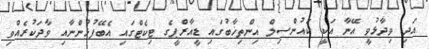
އަދި ވިދާޅުވީ އޭނާ އަކީ ކައުންސިލް އިންތިޚާބުގައި ޑީއާރްޕީގެ ޓިކެޓްގައި އެބޭފުޅުންނާއި ވާދަކުރެއްވި